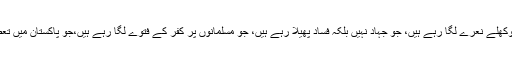
جو اسلام کو بدنا م کررہے ہین، جو شریعت یا شہادت کے کھوکھلے نعرے لگا رہے ہیں، جو جہاد نہیں بلکہ فساد پھیلا رہے ہیں، جو مسلمانوں پر کفر کے فتوے لگا رہے ہیں،جو پاکستان میں تعصب، فرقہ واریت ،انتہا پسندی اور دھشتگردی پھیلا رہے ہیں۔